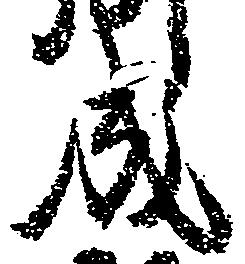
成